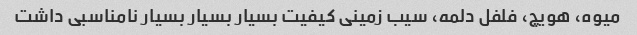
میوه، هویچ، فلفل دلمه، سیب زمینی کیفیت بسیار بسیار بسیار نامناسبی داشت